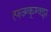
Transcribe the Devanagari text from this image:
त्फ्ज्ग्क्ग्क्झ